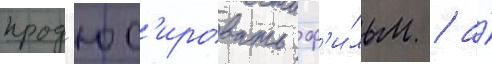
прод'юс'ировать ф'и́льм / а́